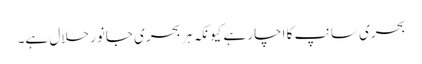
بحری سانپ کا اچار ہے کیونکہ ہر بحری جانور حلال ہے۔